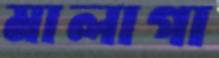
মালাগা